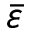
\bar { \varepsilon }